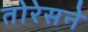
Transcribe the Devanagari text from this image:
तोरेसने